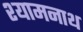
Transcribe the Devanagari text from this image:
श्यामनाथ